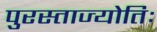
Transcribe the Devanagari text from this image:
पुरस्ताज्योतिः